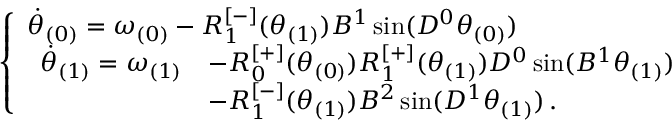
\begin{array} { r } { \left\{ \begin{array} { l l } { \Dot { \theta } _ { ( 0 ) } = \omega _ { ( 0 ) } - R _ { 1 } ^ { [ - ] } ( \theta _ { ( 1 ) } ) B ^ { 1 } \sin ( D ^ { 0 } \theta _ { ( 0 ) } ) } \\ { \begin{array} { r l } { \Dot { \theta } _ { ( 1 ) } = \omega _ { ( 1 ) } } & { - R _ { 0 } ^ { [ + ] } ( \theta _ { ( 0 ) } ) R _ { 1 } ^ { [ + ] } ( \theta _ { ( 1 ) } ) D ^ { 0 } \sin ( B ^ { 1 } \theta _ { ( 1 ) } ) } \\ & { - R _ { 1 } ^ { [ - ] } ( \theta _ { ( 1 ) } ) B ^ { 2 } \sin ( D ^ { 1 } \theta _ { ( 1 ) } ) \, . } \end{array} } \end{array} \right. } \end{array}